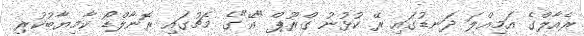
ރެއާލްގެ އަމިއްލަ ދަނޑުގައި ރޭ ކުޅުނު ގްރޫޕް "އޭ"ގެ މެޗުގައި ރޮނާލްޑޯ ކާމިޔާބުކުރި